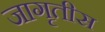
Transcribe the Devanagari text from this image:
जागृतीस